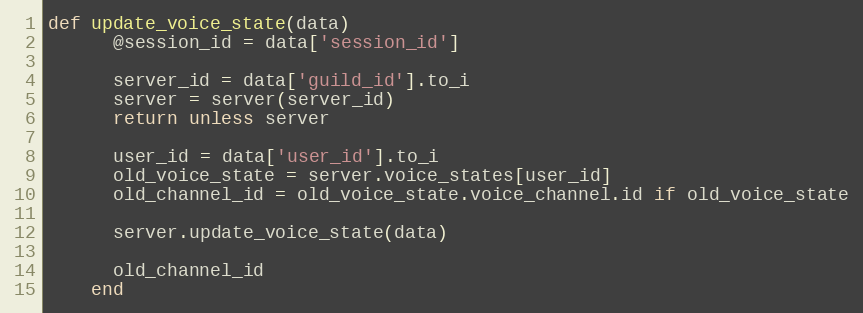
Language: Ruby
def update_voice_state(data)
      @session_id = data['session_id']

      server_id = data['guild_id'].to_i
      server = server(server_id)
      return unless server

      user_id = data['user_id'].to_i
      old_voice_state = server.voice_states[user_id]
      old_channel_id = old_voice_state.voice_channel.id if old_voice_state

      server.update_voice_state(data)

      old_channel_id
    end